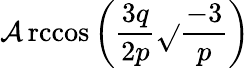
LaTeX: \operatorname{\mathcal{A}rccos}\left({\frac{{3q}}{{2p}}}{\sqrt{}{{\frac{{-3}}{{p}}}}}\right)